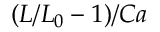
( L / L _ { 0 } - 1 ) / C a